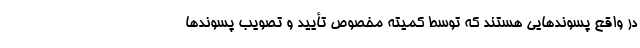
در واقع پسوندهایی هستند که توسط کمیته مخصوص تأیید و تصویب پسوندها